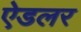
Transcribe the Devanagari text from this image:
ऐडलर